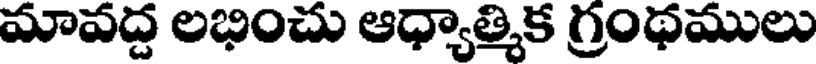
మావద్ద లభించు ఆధ్యాత్మిక గ్రంథములు